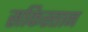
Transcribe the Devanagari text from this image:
सकिस्तान